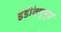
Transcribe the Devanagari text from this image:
ईडी॑क्युयुए